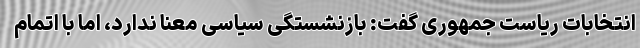
انتخابات ریاست جمهوری گفت: بازنشستگی سیاسی معنا ندارد، اما با اتمام